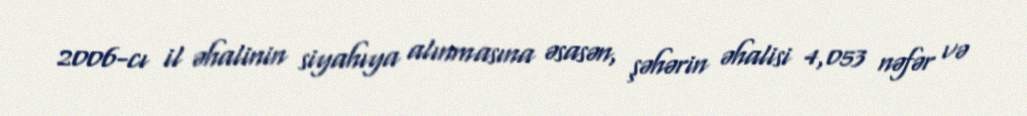
2006-cı il əhalinin siyahıya alınmasına əsasən, şəhərin əhalisi 4,053 nəfər və